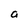
Character: a